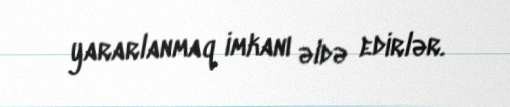
yararlanmaq imkanı əldə edirlər.